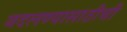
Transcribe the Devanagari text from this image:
बदलण्यासाठीची